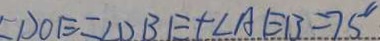
D O E = \angle D B E + \angle A E B = 7 5 ^ { \circ }